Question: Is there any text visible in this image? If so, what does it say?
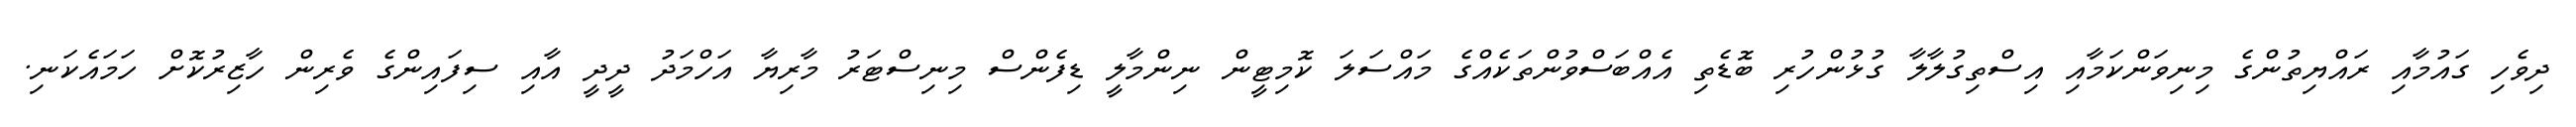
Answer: ދިވެހި ގައުމާއި ރައްޔިތުންގެ މިނިވަންކަމާއި އިސްތިގުލާލާ ގުޅުންހުރި ބޮޑެތި އެއްބަސްވުންތަކެއްގެ މައްސަލަ ކޮމިޓީން ނިންމާލީ ޑިފެންސް މިނިސްޓަރު މާރިޔާ އަހްމަދު ދީދީ އާއި ސިފައިންގެ ވެރިން ހާޒިރުކޮށް ހަމައެކަނި.